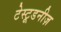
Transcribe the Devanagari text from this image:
टेस्टूडनीज़